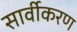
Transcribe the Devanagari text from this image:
सार्वीकरण